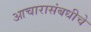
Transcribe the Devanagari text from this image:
आचारासंबधीचे